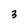
Character: 3